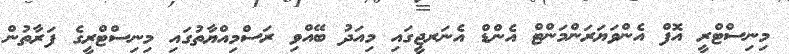
މިނިސްޓްރީ އޮފް އެންވަޔަރަންމަންޓް އެންޑް އެނަރޖީގައި މިއަދު ބޭއްވި ރަސްމިއްޔާތުގައި މިނިސްޓްރީގެ ފަރާތުން